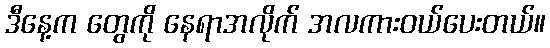
ဒီနေ့က တွေကို နေရာအလိုက် အလကားဝယ်ပေးတယ်။